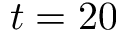
t = 2 0